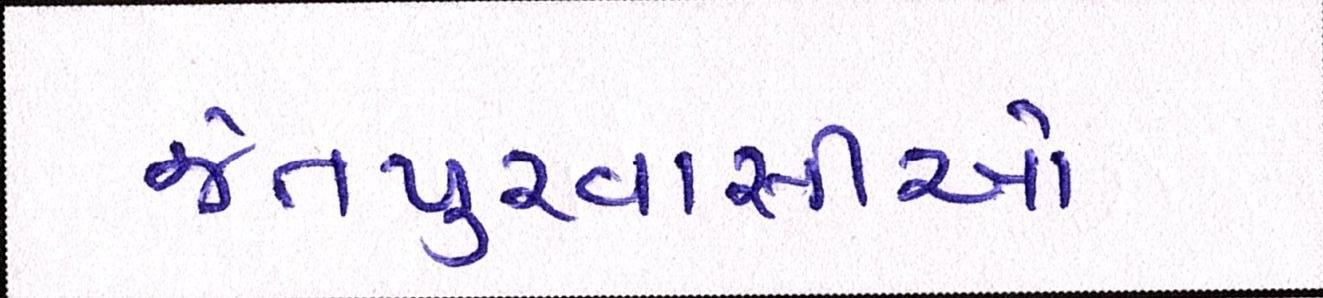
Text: જેતપુરવાસીઓ